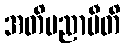
အတိမညာမီတိ